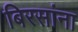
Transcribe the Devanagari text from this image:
बिरसांना